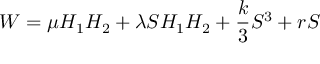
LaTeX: W = \mu H _ { 1 } H _ { 2 } + \lambda S H _ { 1 } H _ { 2 } + \frac { k } { 3 } S ^ { 3 } + r S